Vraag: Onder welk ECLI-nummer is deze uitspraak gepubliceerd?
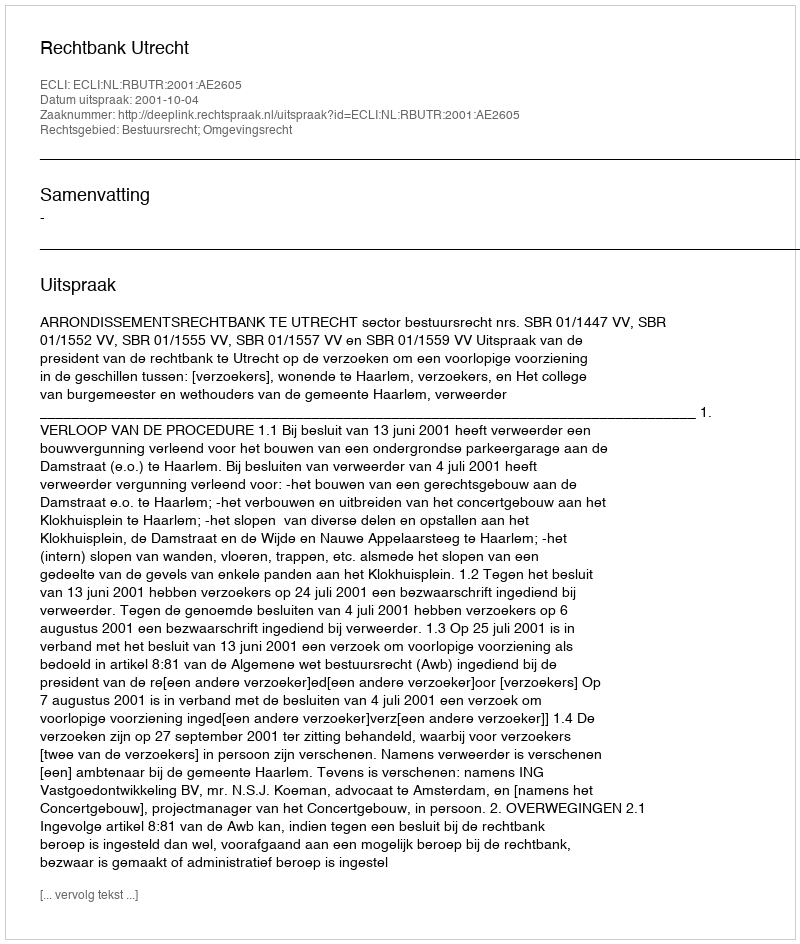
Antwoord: ECLI:NL:RBUTR:2001:AE2605